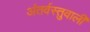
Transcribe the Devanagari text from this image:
अंतर्वस्तुवाली